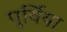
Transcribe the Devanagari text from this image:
पुर्विया